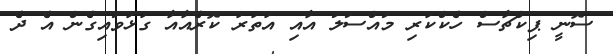
ސޮނީ ޕިކްޗާސް ހެކްކުރި މައްސަލަ އާއި އުތުރު ކޮރެއާއާ ގުޅުވައިގެން އެ ދެ